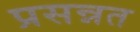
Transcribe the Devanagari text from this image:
प्रसन्नत